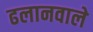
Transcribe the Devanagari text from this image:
ढलानवाले